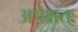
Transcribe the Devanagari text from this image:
अपेक्षतः